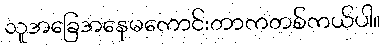
သူအခြေအနေမကောင်းတာကတစ်ကယ်ပါ။